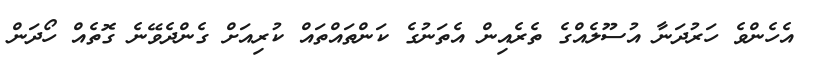
އެހެންވެ ހަރުދަނާ އުސޫލެއްގެ ތެރެއިން އެތަނުގެ ކަންތައްތައް ކުރިއަށް ގެންދެވޭނެ ގޮތެއް ހޯދަން